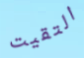
التقيت